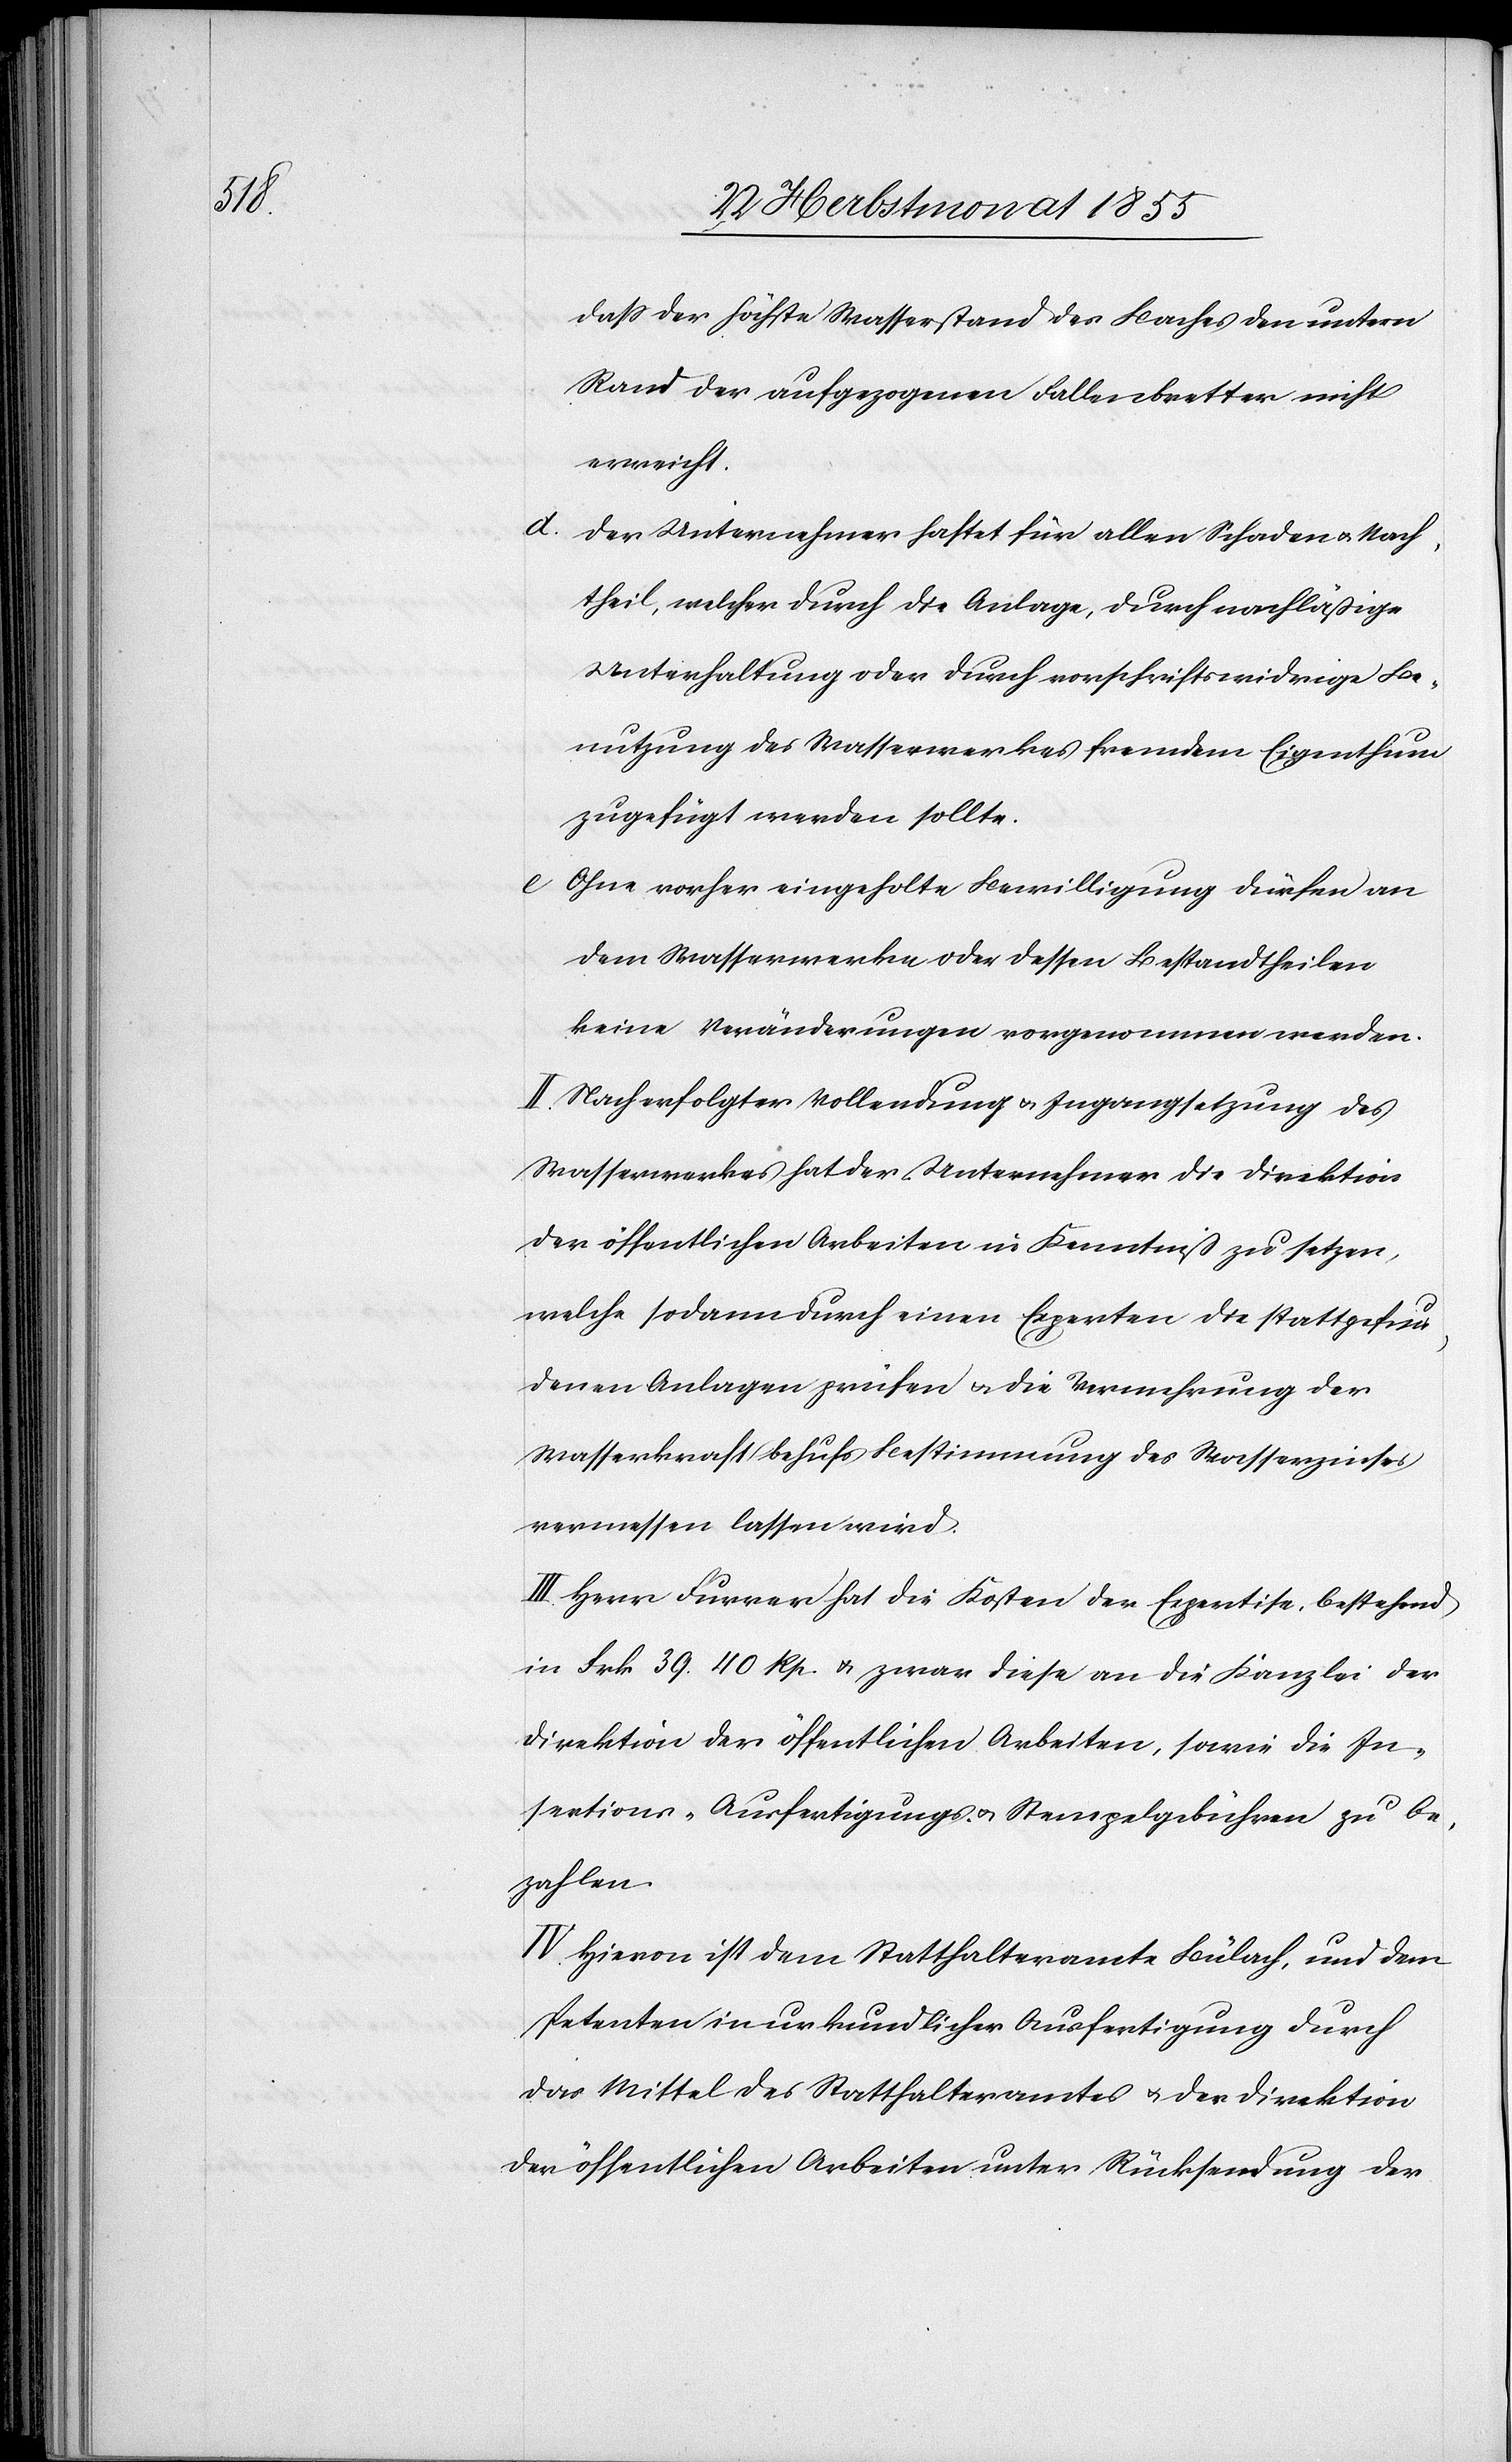
dass der höchste Wasserstand des Baches den untern
Rand der aufgezogenen Fallenbretter nicht
erreicht.
d.
Der Unternehmer haftet für allen Schaden & Nach¬
theil, welcher durch die Anlage, durch nachläßige
Unterhaltung oder durch vorschriftswidrige Be¬
nutzung des Wasserwerkes fremdem Eigenthum
zugefügt werden sollte.
Ohne vorher eingeholte Bewilligung dürfen an
dem Wasserwerke oder dessen Bestandtheilen
keine Veränderungen vorgenommen werden.
II. Nach erfolgter Vollendung & Ingangsetzung des
Wasserwerkes hat der Unternehmer die Direktion
der öffentlichen Arbeiten in Kenntniß zu setzen,
welche sodann durch einen Experten die stattgefun¬
denen Anlagen prüfen & die Vermehrung der
Wasserkraft behufs Bestimmung des Wasserzinses
vermessen lassen wird.
III. Herr Furrer hat die Kosten der Expertise, bestehend
in Frk. 39. 40 Rp. & zwar diese an die Kanzlei der
Direktion der öffentlichen Arbeiten, sowie die In¬
sertions-[,] Ausfertigungs- & Stempelgebühren zu be¬
zahlen.
IV. Hievon ist dem Statthalteramte Bülach, und dem
Petenten in urkundlicher Ausfertigung durch
das Mittel des Statthalteramtes & der Direktion
der öffentlichen Arbeiten unter Rücksendung der